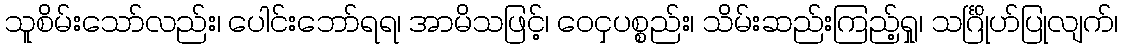
သူစိမ်းသော်လည်း၊ ပေါင်းဘော်ရရ၊ အာမိသဖြင့်၊ ဝေငှပစ္စည်း၊ သိမ်းဆည်းကြည့်ရှု၊ သင်္ဂြိုဟ်ပြုလျက်၊